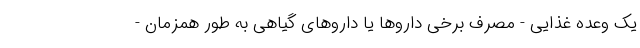
یک وعده غذایی - مصرف برخی داروها یا داروهای گیاهی به طور همزمان -